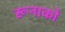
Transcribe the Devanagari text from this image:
रूनाको